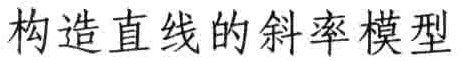
构造直线的斜率模型